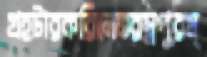
গ্রহটারকরিলেগুরম্নপুরম্